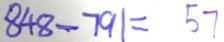
8 4 8 - 7 9 1 = 5 7